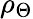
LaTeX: \rho_{\Theta}